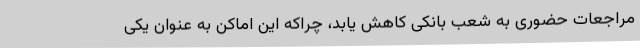
مراجعات حضوری به شعب بانکی کاهش یابد، چراکه این اماکن به عنوان یکی